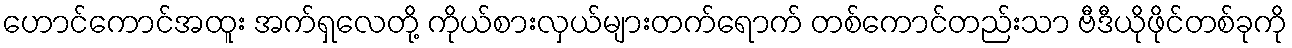
ဟောင်ကောင်အထူး အက်ရှလေတို့ ကိုယ်စားလှယ်များတက်ရောက် တစ်ကောင်တည်းသာ ဗီဒီယိုဖိုင်တစ်ခုကို